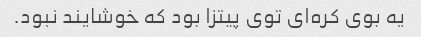
یه بوی کره‌ای توی پیتزا بود که خوشایند نبود.